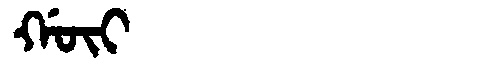
Manchu: ᡤᡡᡳ
Romanization: GŪI